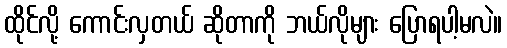
ထိုင်လို့ ကောင်းလှတယ် ဆိုတာကို ဘယ်လိုများ ပြောရပါ့မလဲ။